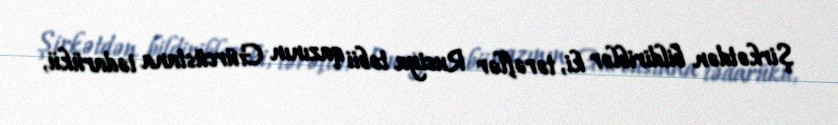
Şirkətdən bildiriblər ki, tərəflər Rusiya təbii qazının Gürcüstana tədarükü,